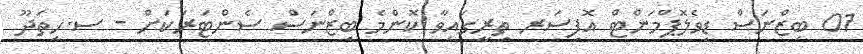
01 ބިޒްނަސް ޑިވެލޮޕްމަންޓް އޮފިސަރ ތިރީގައިވާ ކޮންމެ ބިޒްނަސް ސެންޓަރަކަށް - ސ.ހިތަދޫ